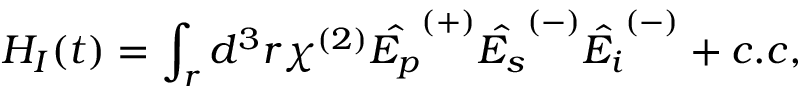
H _ { I } ( t ) = \int _ { r } d ^ { 3 } r \chi ^ { ( 2 ) } \hat { E _ { p } } ^ { ( + ) } \hat { E _ { s } } ^ { ( - ) } \hat { E _ { i } } ^ { ( - ) } + c . c ,